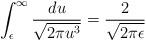
LaTeX: \begin{align*}\int_{\epsilon}^{\infty} \frac{du}{\sqrt{2\pi u^3}} =\frac{2}{\sqrt{2\pi \epsilon}}\end{align*}